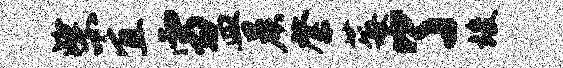
柴宜雪皿晨綮莓了竣